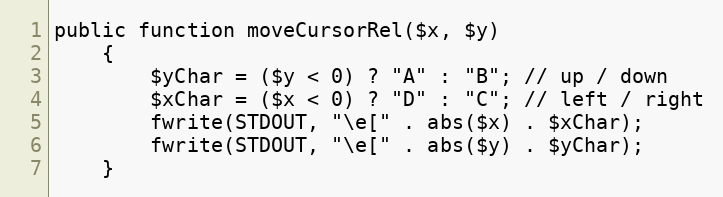
Language: PHP
public function moveCursorRel($x, $y)
    {
        $yChar = ($y < 0) ? "A" : "B"; // up / down
        $xChar = ($x < 0) ? "D" : "C"; // left / right
        fwrite(STDOUT, "\e[" . abs($x) . $xChar);
        fwrite(STDOUT, "\e[" . abs($y) . $yChar);
    }